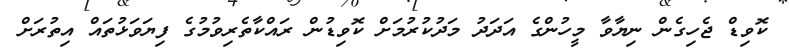
ކޮވިޑް ޖެހިގެން ނިޔާވާ މީހުންގެ އަދަދު މަދުކުރުމަށް ކޮވިޑުން ރައްކާތެރިވުމުގެ ފިޔަވަޅުތައް އިތުރަށް